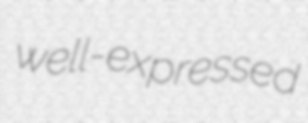
well-expressed